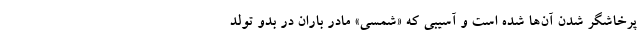
‌پرخاشگر شدن آن‌ها شده است و آسیبی که «شمسی» مادر باران در بدو تولد